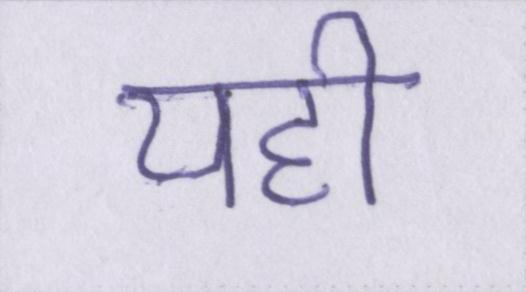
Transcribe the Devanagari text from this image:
यही